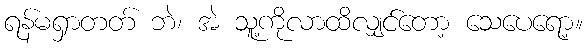
ရန်မရှာတတ် ဘဲ၊ အဲ သူ့ကိုလာထိလျှင်တော့ သေပေရော့။